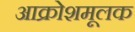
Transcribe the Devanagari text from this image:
आक्रोशमूलक